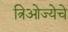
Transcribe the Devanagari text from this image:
त्रिओज्येचे